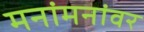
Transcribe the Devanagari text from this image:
मनांमनांवर